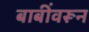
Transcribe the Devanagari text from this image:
बाबींवरून